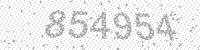
Solution: 854954